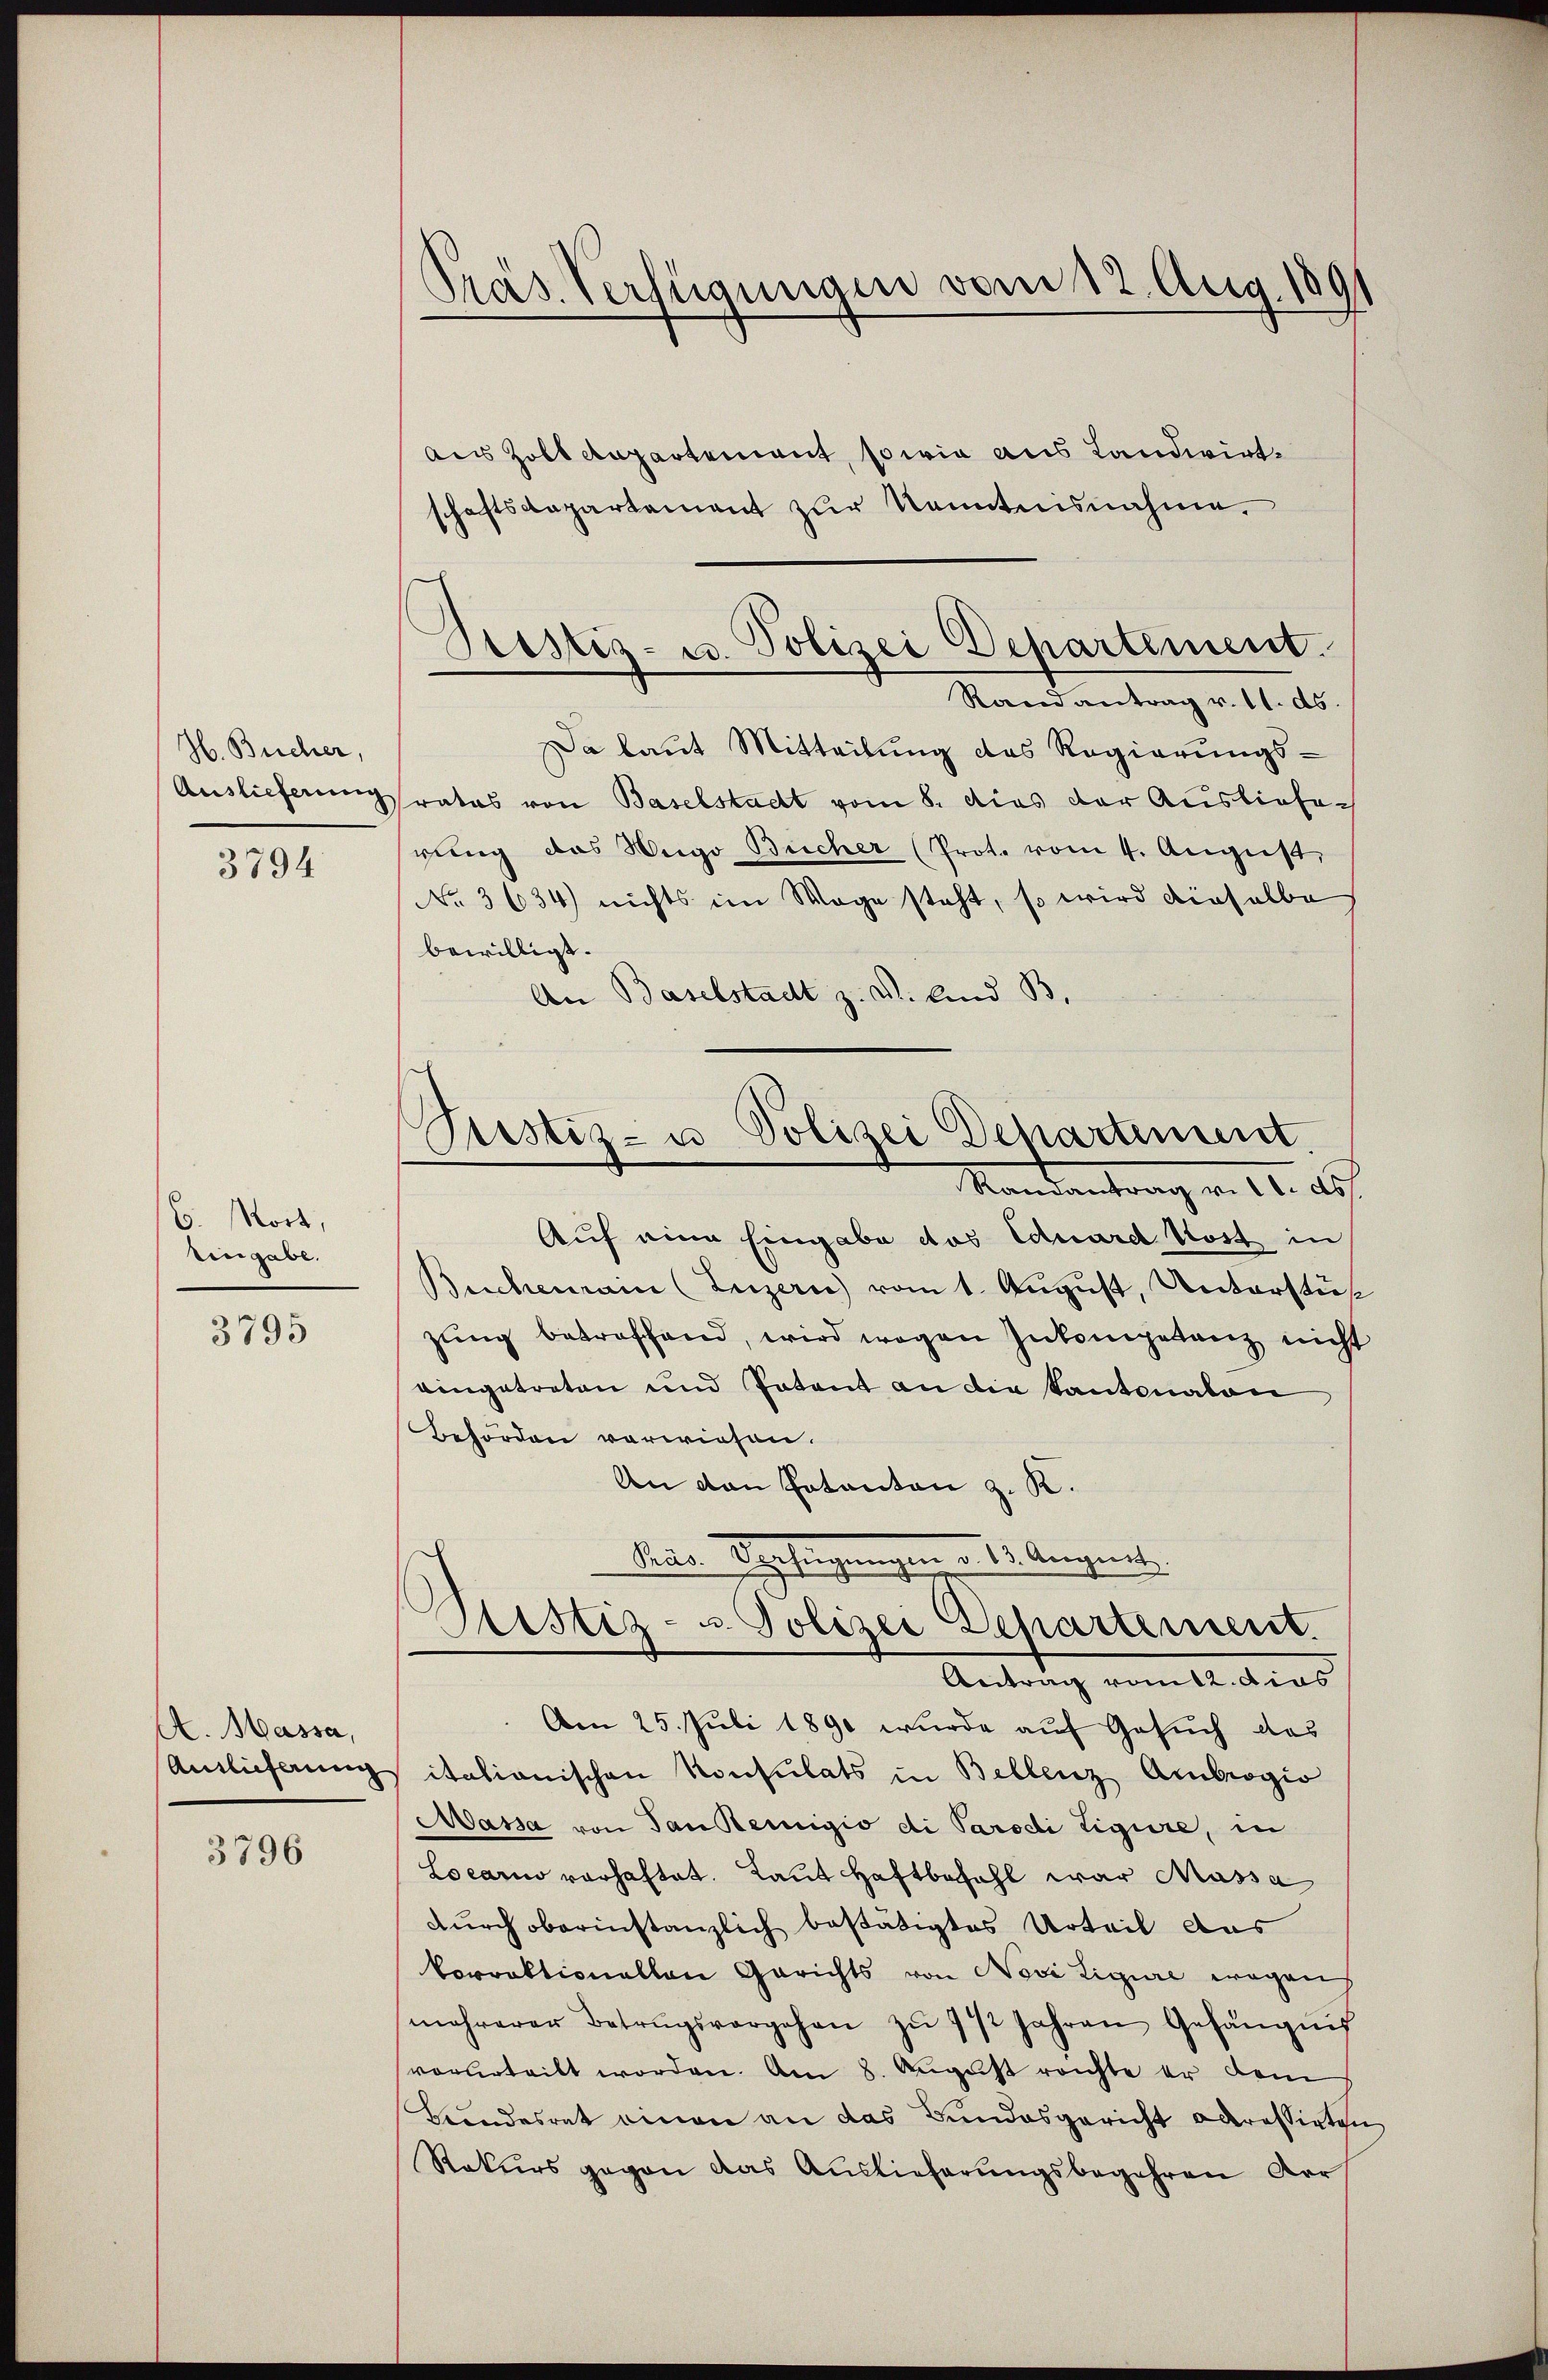
H. Brecher,
3794.

6. Wort,
Eingabe.
3795

A. Massa,
Auslieferung

3796

Präs. Verfügungen vom 12. Aug. 180

Prestiz- u. Polizei Departement.

Pustiz- u Polizei Departement.
Mandantrag von 12. des

aus Zolldepartement, so wie aus Landwirtschaftsdepartement zur Kenntnisnahme,
Randantrag v. 11. ds.
Da laut Mitteilung das Regierungs-
Auslieferungsratas von Baselstadt vom 8. dies der Auslieferung das Weige Bücher (Prot. vom 4. August,
No. 3634) nichts im Wage steht, so wird dieselbe
bewilligt.
An Baselstadt z. V. Und B
Auf eine Eingabe das Eduard Kost in
Buchenrain (Luzern vom 1. August, Unterstüt
zung betreffend, wird wegen Inkompetanz nicht
eingetreten und Patent an die Kantonalen
Behörden vorwiesen.
An von Hotanton z. K.
Mar.                1. August
.
Ptistiz- u Polizei Departement.
Antrag vom 12. dies
Am 25. Juli 1890 wurde auf Gesuch das
sitationischen Konsulats in Bellenz Ambrogio
Massa von Sanktemigio di Parodi Ligure, in
Locario vorhaftet. Laut Haftbezahl war Massa
durch oberinstanzlich bestätigtes Urteil aus
korrektionellen Gerichts von Novi Ligure wegens
mehrerer Betrugsvorgehen zŭ 1 1/2 Jahren Gefängnis
vorurteilt worden. Am 8. August reichte er dem
Bundesrat einen an das Bundesgericht adressirten
Rekurs gegen das Auslieferungsbegehren der